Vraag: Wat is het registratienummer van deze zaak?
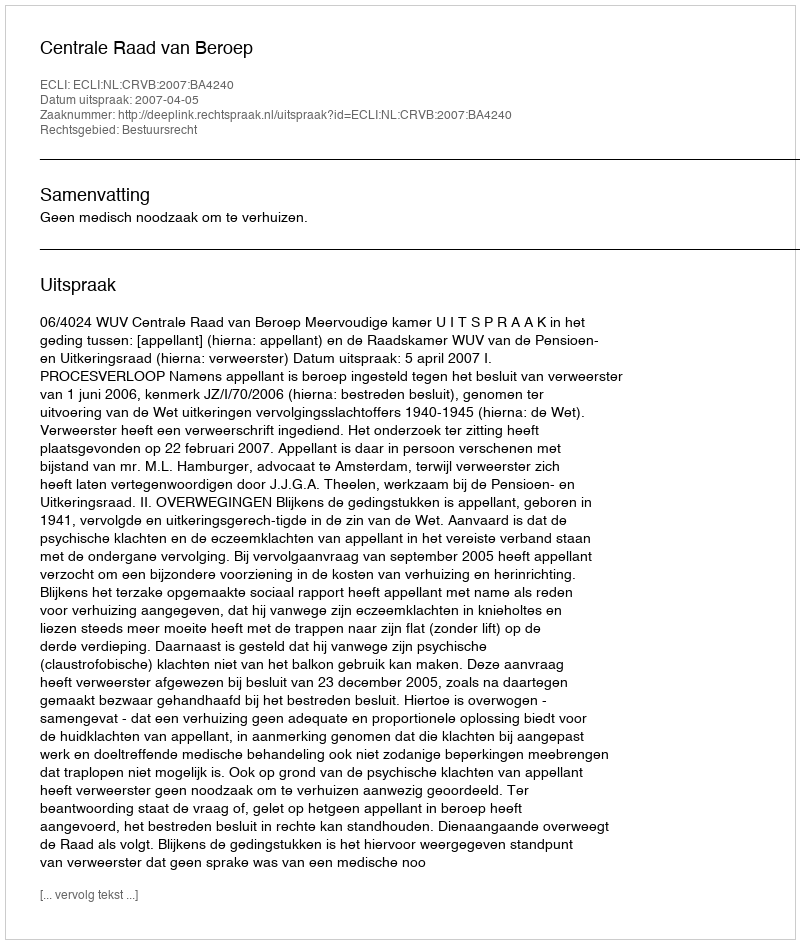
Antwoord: http://deeplink.rechtspraak.nl/uitspraak?id=ECLI:NL:CRVB:2007:BA4240